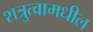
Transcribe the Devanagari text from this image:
शत्रुत्वामधील